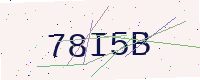
Text: 78I5B